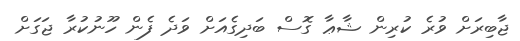
ޖާބިރަށް ވުރެ ކުރިން ޝާޢާ ގޮސް ބަދިގެއަށް ވަދެ ފެން ހޫނުކުރާ ޖަގަށް